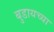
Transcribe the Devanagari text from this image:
बुडायच्या